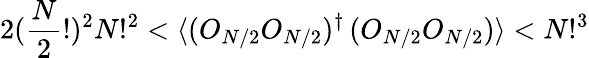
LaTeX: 2(\frac{N}{2}!)^{2}N!^{2}<\langle(O_{N/2}O_{N/2})^{\dagger}\, (O_{N/2}O_{N/2})\rangle<N!^{3}